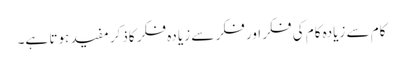
کام سے زیادہ کام کی فکر اور فکر سے زیا دہ فکر کاذکر مفید ہوتا ہے۔